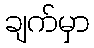
ချက်မှာ